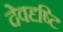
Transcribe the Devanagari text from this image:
देवदृष्टि